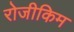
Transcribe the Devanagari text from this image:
रोजीकिम